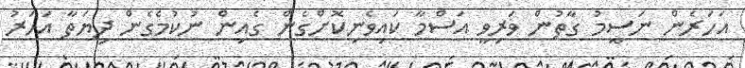
އަހަރެން ނަސީމު ގާތުން ވަރިވީ އަސްމާ ކައިވެނިކޮށްގެން ގެއިން ނުކުމެގެން ދިޔަތާ އަހަރު